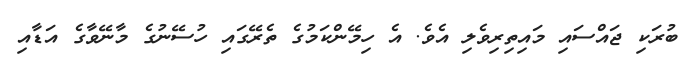
ބުރަކި ޖައްސައި މައިތިރިވެލި އެވެ. އެ ހިމޭންކަމުގެ ތެރޭގައި ހުސޭނުގެ މާނޭވާގެ އަޑާއި